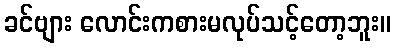
ခင်ဗျား လောင်းကစားမလုပ်သင့်တော့ဘူး။